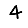
Digit: 4